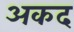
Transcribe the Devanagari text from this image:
अकद